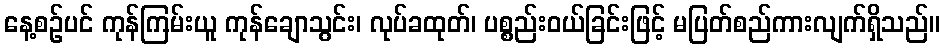
နေ့စဉ်ပင် ကုန်ကြမ်းယူ ကုန်ချောသွင်း၊ လုပ်ခထုတ်၊ ပစ္စည်းဝယ်ခြင်းဖြင့် မပြတ်စည်ကားလျက်ရှိသည်။